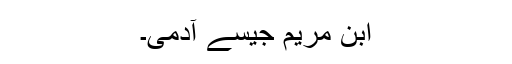
ابن مریم جیسے آدمی۔